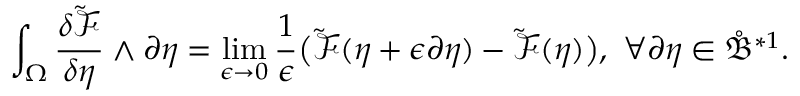
\int _ { \Omega } \frac { \delta \tilde { \mathcal { F } } } { \delta \eta } \wedge \partial \eta = \operatorname* { l i m } _ { \epsilon \to 0 } \frac { 1 } { \epsilon } \big ( \tilde { \mathcal { F } } ( \eta + \epsilon \partial \eta ) - \tilde { \mathcal { F } } ( \eta ) \big ) , \ \forall \partial \eta \in \mathring { \mathfrak { B } } ^ { \ast 1 } .